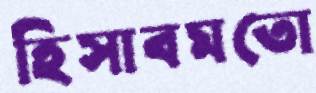
হিসাবমতো